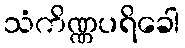
သံကိဏ္ဏပရိခေါ